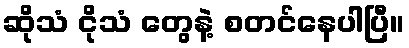
ဆိုသံ ငိုသံ တွေနဲ့ စတင်နေပါပြီ။